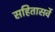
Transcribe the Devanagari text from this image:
सहितासर्वे